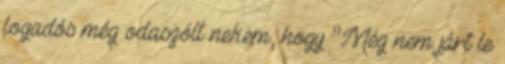
fogadós még odaszólt nekem, hogy ’’Még nem járt le